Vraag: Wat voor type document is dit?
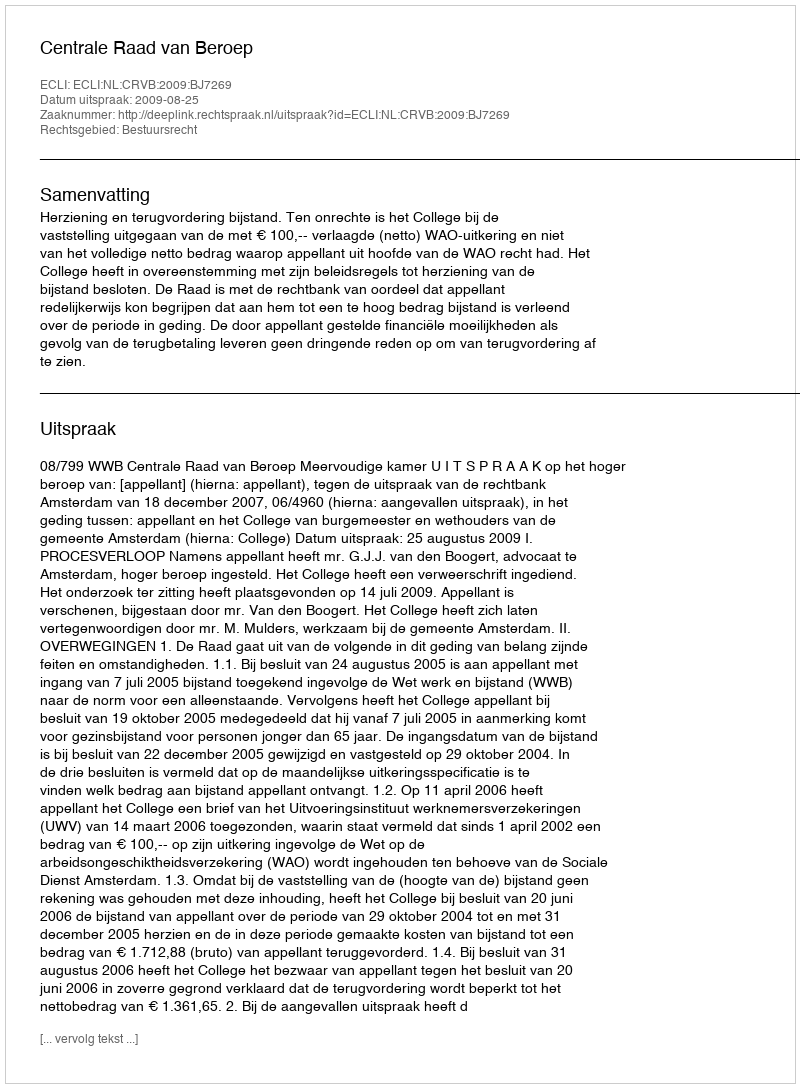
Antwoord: Uitspraak